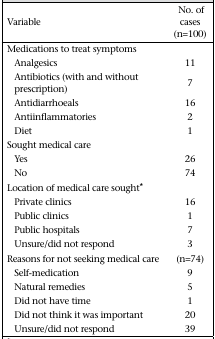
<table><thead><tr><td><b>Variable</b></td><td><b>No. of cases (n=100)</b></td></tr></thead><tbody><tr><td>Medications to treat symptoms</td><td></td></tr><tr><td>Analgesics</td><td>11</td></tr><tr><td>Antibiotics (with and without prescription)</td><td>7</td></tr><tr><td>Antidiarrhoeals</td><td>16</td></tr><tr><td>Antiinflammatories</td><td>2</td></tr><tr><td>Diet</td><td>1</td></tr><tr><td>Sought medical care</td><td></td></tr><tr><td>Yes</td><td>26</td></tr><tr><td>No</td><td>74</td></tr><tr><td>Location of medical care sought*</td><td></td></tr><tr><td>Private clinics</td><td>16</td></tr><tr><td>Public clinics</td><td>1</td></tr><tr><td>Public hospitals</td><td>7</td></tr><tr><td>Unsure/did not respond</td><td>3</td></tr><tr><td>Reasons for not seeking medical care</td><td>(n=74)</td></tr><tr><td>Self-medication</td><td>9</td></tr><tr><td>Natural remedies</td><td>5</td></tr><tr><td>Did not have time</td><td>1</td></tr><tr><td>Did not think it was important</td><td>20</td></tr><tr><td>Unsure/did not respond</td><td>39</td></tr></tbody></table>